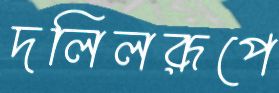
দলিলরূপে